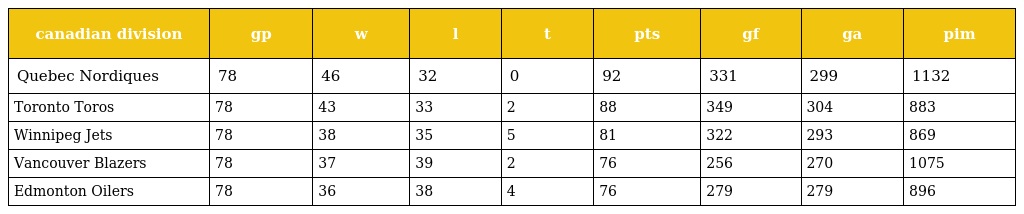
| canadian division | gp | w | l | t | pts | gf | ga | pim |
 | --- | --- | --- | --- | --- | --- | --- | --- | --- |
 | Quebec Nordiques | 78 | 46 | 32 | 0 | 92 | 331 | 299 | 1132 |
 | Toronto Toros | 78 | 43 | 33 | 2 | 88 | 349 | 304 | 883 |
 | Winnipeg Jets | 78 | 38 | 35 | 5 | 81 | 322 | 293 | 869 |
 | Vancouver Blazers | 78 | 37 | 39 | 2 | 76 | 256 | 270 | 1075 |
 | Edmonton Oilers | 78 | 36 | 38 | 4 | 76 | 279 | 279 | 896 |